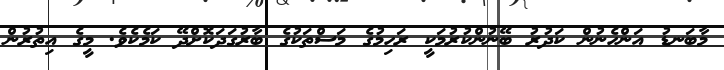
މާބަނޑު އަންހެނުން ކަދުރު ބޭނުންކުރުމަކީ ރަހިމުގެ މަސްތަކުގެ ބާރުގަދަކޮށްދޭ ކަމެކެވެ. މީގެ އިތުރުން